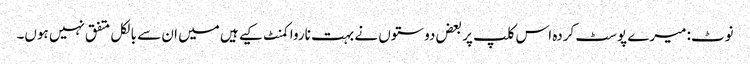
نوٹ: میرے پوسٹ کردہ اس کلپ پر بعض دوستوں نے بہت ناروا کمنٹ کیے ہیں میں ان سے بالکل متفق نہیں ہوں۔